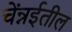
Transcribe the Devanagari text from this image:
चेंन्नईतील